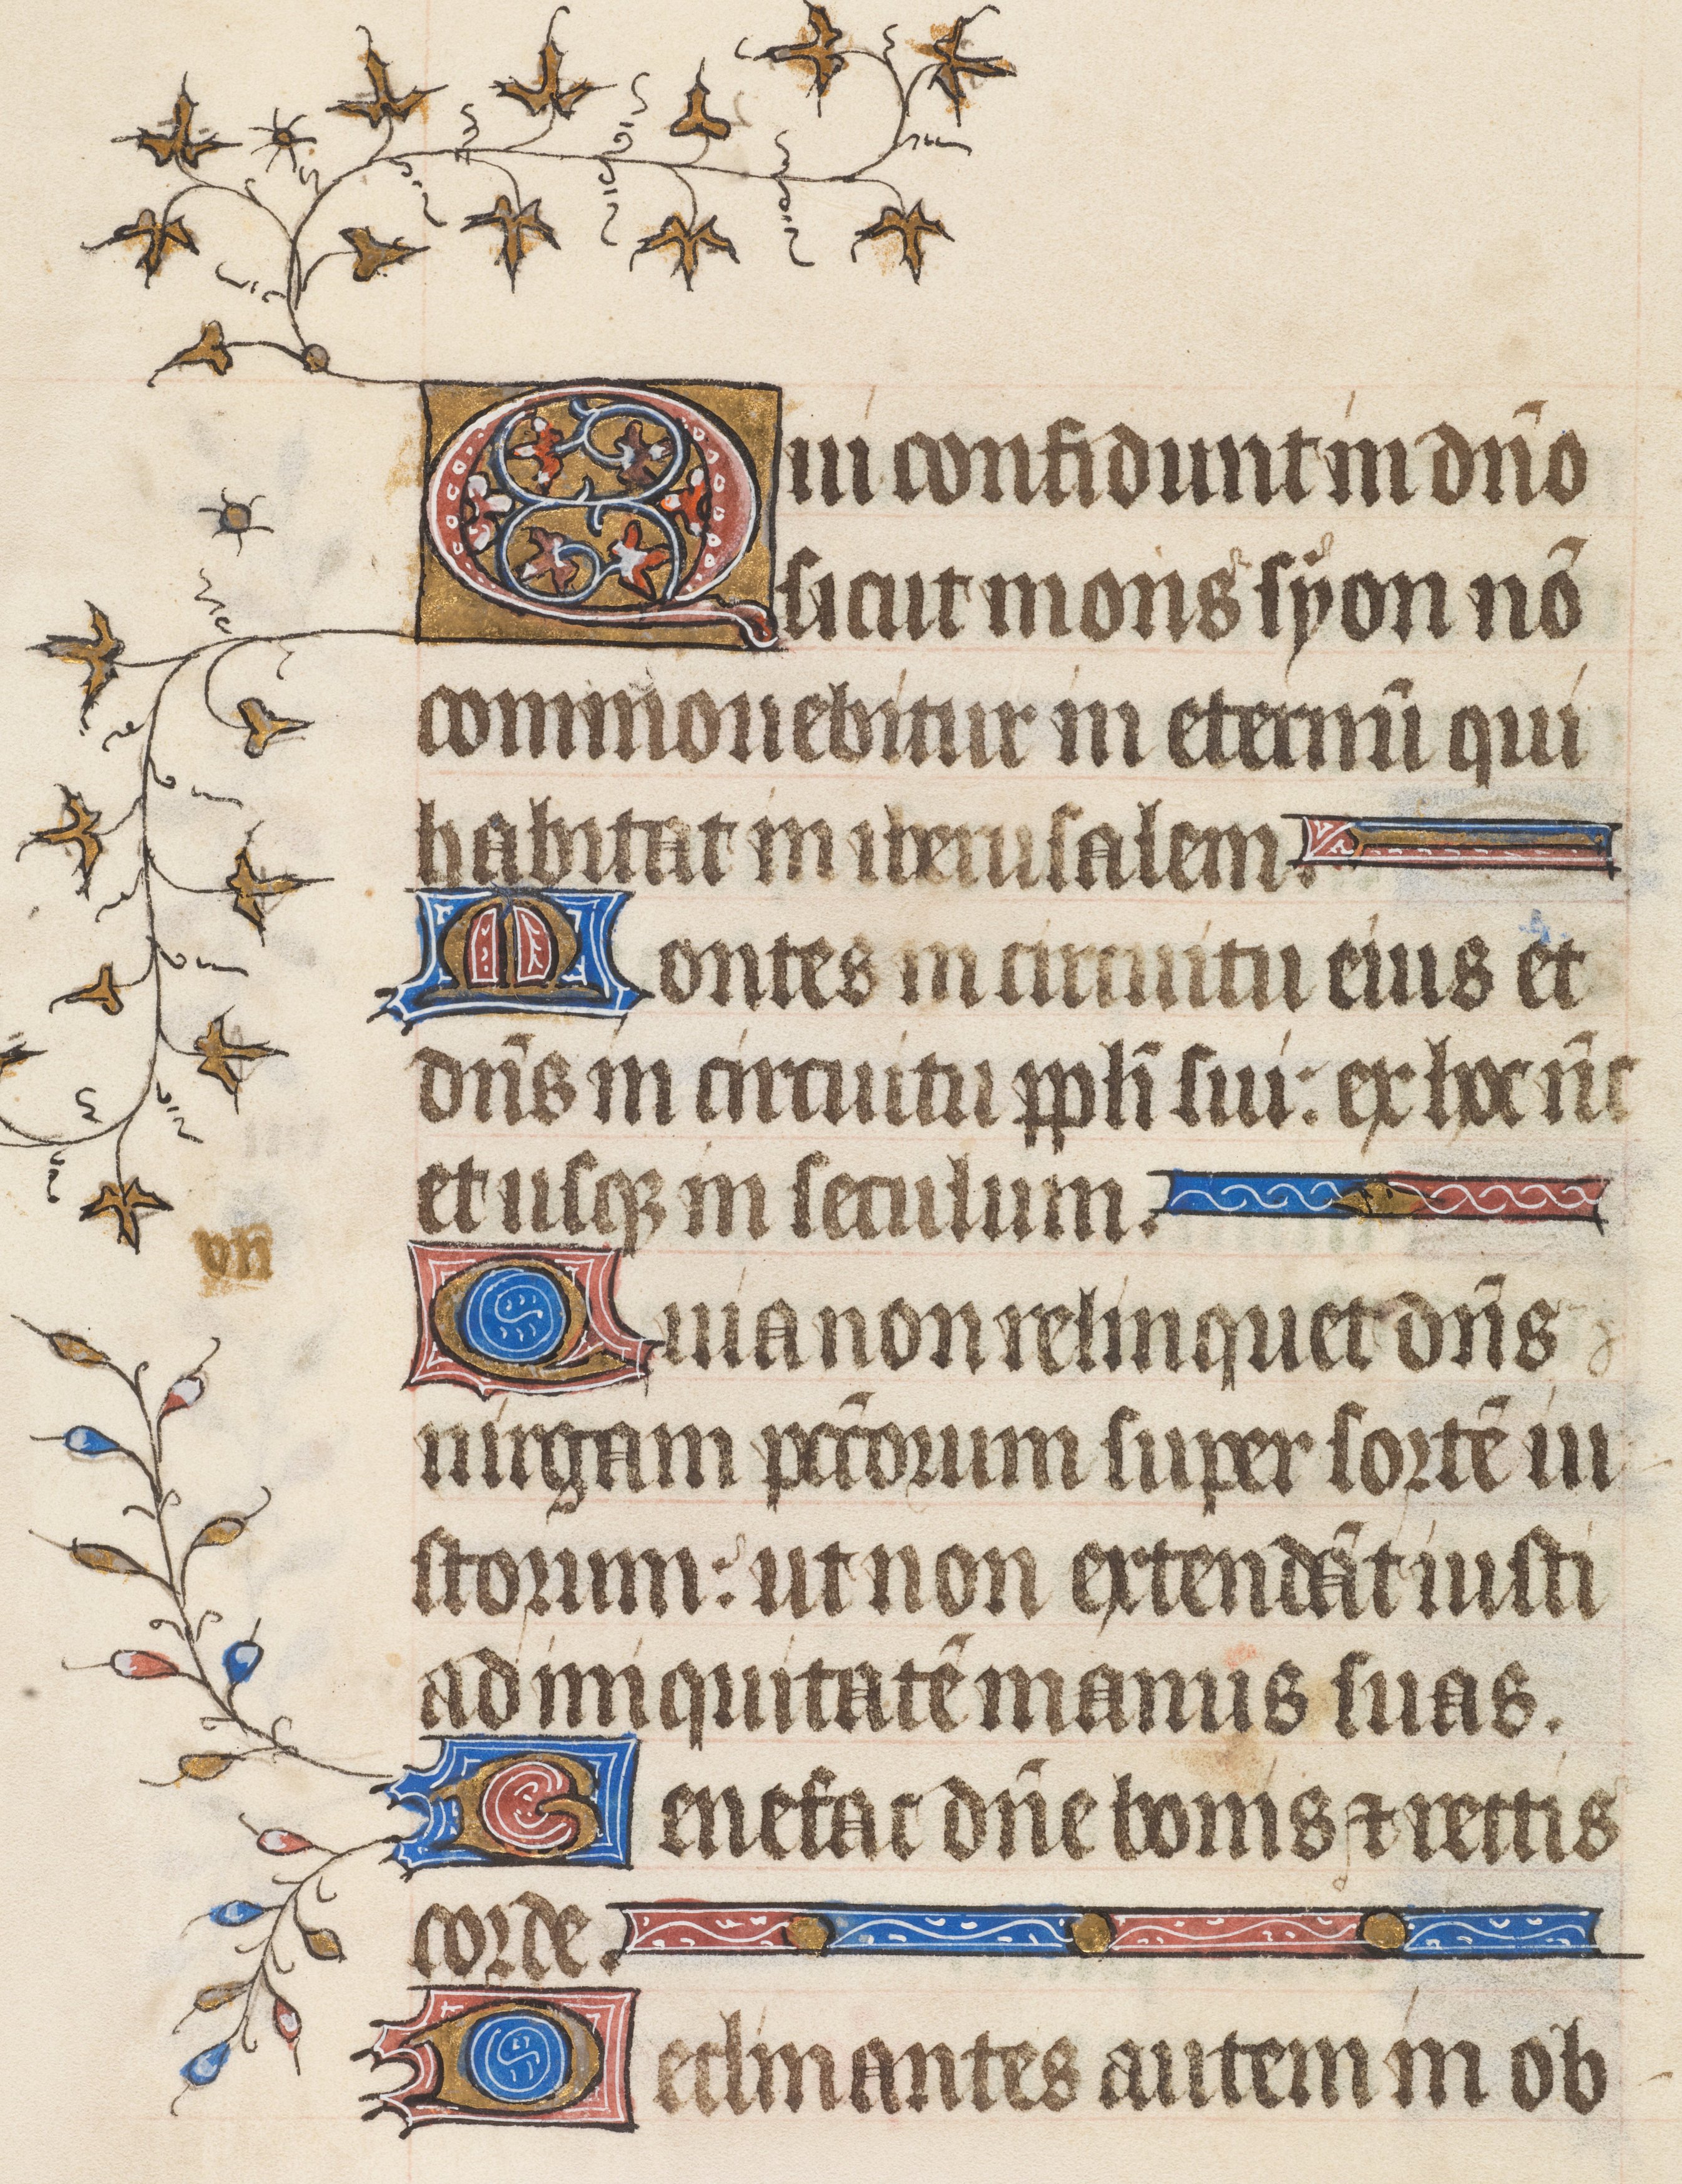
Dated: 1395–1425